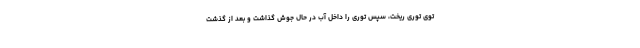
توی توری ریخت، سپس توری را داخل آب در حال جوش گذاشت و بعد از گذشت